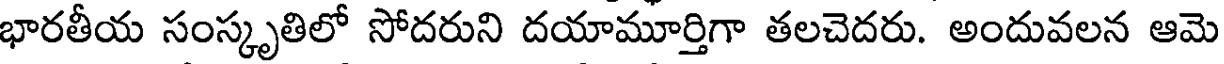
భారతీయ సంస్కృతిలో సోదరుని దయామూర్తిగా తలచెదరు. అందువలన ఆమె